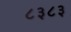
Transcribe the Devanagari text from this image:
८३८३